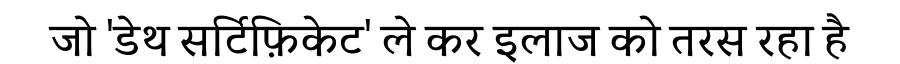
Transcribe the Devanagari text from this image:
जो 'डेथ सर्टिफ़िकेट' ले कर इलाज को तरस रहा है